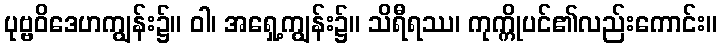
ပုဗ္ဗဝိဒေဟကျွန်း၌။ ဝါ၊ အရှေ့ကျွန်း၌။ သိရီရဿ၊ ကုက္ကိုပင်၏လည်းကောင်း။